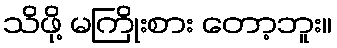
သိဖို့ မကြိုးစား တော့ဘူး။